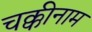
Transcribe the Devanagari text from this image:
चक्कीनाम